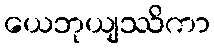
ယေဘုယျဿိကာ